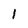
Character: I